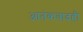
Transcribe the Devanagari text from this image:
आतंकवादही